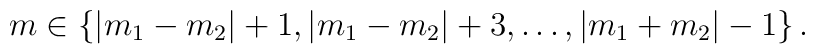
m \in \{ |m_1-m_2|+1, |m_1-m_2|+3, \ldots ,|m_1+m_2|-1 \}\, .